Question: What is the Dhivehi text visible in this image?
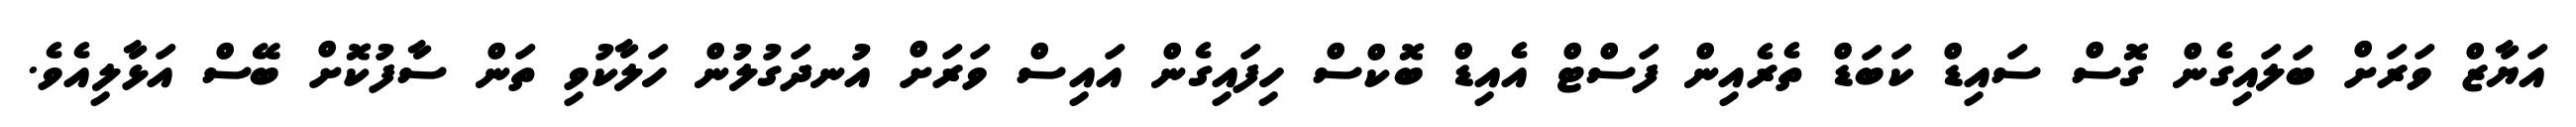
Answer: އަޔާޒް ވަރަށް ބަލައިގެން ގޮސް ސައިޑް ކަބަޑް ތެރެއިން ފަސްޓް އެއިޑް ބޮކްސް ހިފައިގެން އައިސް ވަރަށް އުނދަގުލުން ހަލާކުވި ތަން ސާފުކޮށް ބޭސް އަޅާލިއެވެ.